Indian journal of veterinary science and animal husbandry - Volumes 18-21, 1948-1951
Year: 1948
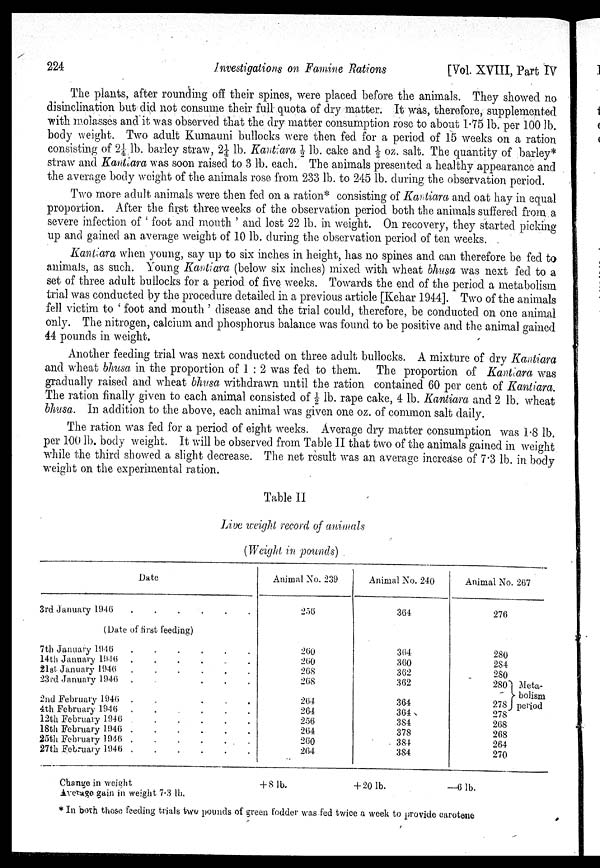
224
Investigations on Famine Rations
[Vol. XVIII, Part IV
The plants, after rounding of their spines, were placed before the animals. They showed no
disinclination but did not consume their full quota of dry matter. It was, therefore, supplemented
with molasses and it was observed that the dry matter consumption rose to about 1.75 lb. per 100 lb.
body weight. Two adult Kumauni bullocks were then fed for a period of 15 weeks on a ration
consisting of 2¼ lb. barley straw, 2¼ lb. Kantiara ½ lb. cake and ½ oz. salt. The quantity of barley*
straw and Kantiara was soon raised to 3 lb. each. The animals presented a healthy appearance and
the average body weight of the animals rose from 233 lb. to 245 lb. during the observation period.
Two more adult animals were then fed on a ration* consisting of Kandiara and oat hay in equal
proportion. After the first three weeks of the observation period both the animals suffered from a
severe infection of ' foot and month ' and lost 22 lb. in weight. On recovery, they started picking
up and gained an average weight of 10 lb. during the observation period of ten weeks.
Kantiara when young, say up to six inches in height, has no spines and can therefore be fed to
animals, as such. Young Kantiara (below six inches) mixed with wheat bhusa was next fed to a
set of three adult bullocks for a period of five weeks. Towards the end of the period a metabolism
trial was conducted by the procedure detailed in a previous article [Kehar 1944]. Two of the animals
fell victim to ' foot and mouth ' disease and the trial could, therefore, be conducted on one animal
only. The nitrogen, calcium and phosphorus balance was found to be positive and the animal gained
44 pounds in weight.
Another feeding trial was next conducted on three adult bullocks. A mixture of dry Kantiara
and wheat bhusa in the proportion of 1 : 2 was fed to them. The proportion of Kantiara was
gradually raised and wheat bhusa withdrawn until the ration contained 60 per cent of Kantiara.
The ration finally given to each animal consisted of ½ lb. rape cake, 4 lb. Kantiara and 2 lb. wheat
bhusa. In addition to the above, each animal was given one oz. of common salt daily.
The ration was fed for a period of eight weeks. Average dry matter consumption was 1.8 lb.
per 100 lb. body weight. It will be observed from Table II that two of the animals gained in weight
while the third showed a slight decrease. The net result was an average increase of 7.3 lb. in body
weight on the experimental ration.
Table II
Live weight record of animals
(Weight in pounds)
Date
3rd January
1946
(Date of first feeding)
7th January
1946
14th January
1946
21st January 1940
23rd January 1946 .
.
...
2nd February 1946 .
...
4th February 194(5
12th February 1946
18th February
1946
25th February
1946
27th February 1946
Animal No. 239
256
260
260
268
268
264
264
256
264
260
264
Animal No. 24()
304
364
360
362
362
364
304
384
378
384
384
Animal No. 267
276
280
284
280
280
Meta-
bolism
278 period
278
268
268
264
270
Change in weight
+8 lb.
+20 lb.
—6 lb.
Avenge gain in weight 7.3 lb.
* In both those feeding trials two pounds of green fodder was fed twice a week to provide carotene